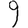
Digit: 9